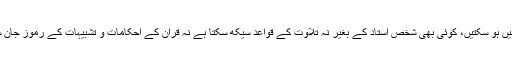
یہ دونوں چیزیں کسی راہنما کے بغیر حاصل نہیں ہو سکتیں، کوئی بھی شخص استاد کے بغیر نہ تلاوت کے قواعد سیکھ سکتا ہے نہ قرآن کے احکامات و تشبیہات کے رموز جان سکتا ہے اور نہ ہی خود اپنا تزکیہ کر سکتا ہے۔